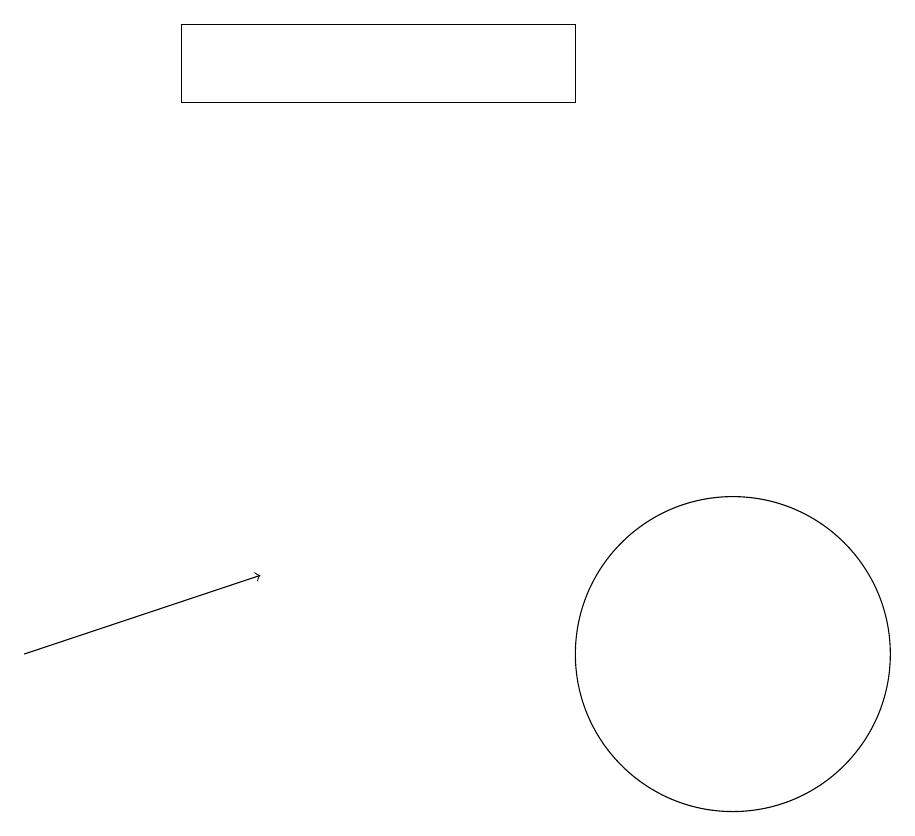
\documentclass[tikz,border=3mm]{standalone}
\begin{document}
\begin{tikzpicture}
\draw[->] (1,10) -- (4,11);
\draw (3,17) rectangle (8,18);
\draw (10,10) circle (2);
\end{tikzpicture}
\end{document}